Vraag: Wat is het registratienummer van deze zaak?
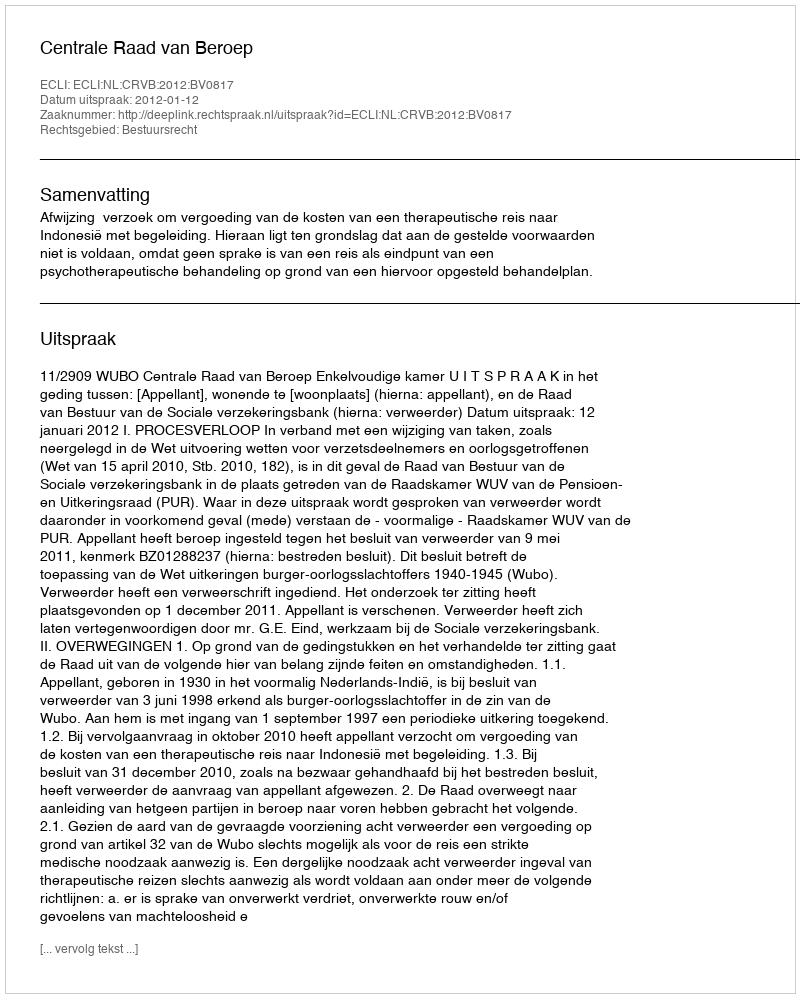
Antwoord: http://deeplink.rechtspraak.nl/uitspraak?id=ECLI:NL:CRVB:2012:BV0817